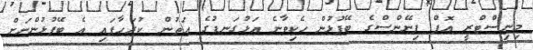
މިނިސްޓްރީ އޮފް ފިނޭންސްގެ ބޭފުޅުން ހެކިވާނެ އަޅުގަނޑުގެ އަތުން ކުރަހާފައި އެ ބޭފުޅުންނަށް